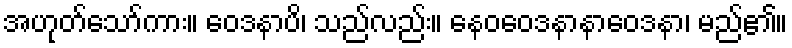
အဟုတ်သော်ကား။ ဝေဒနာပိ၊ သည်လည်း။ နေဝဝေဒနာနာဝေဒနာ၊ မည်၏။